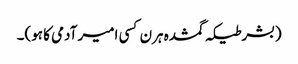
(بشرطیکہ گمشدہ ہرن کسی امیر آدمی کا ہو)۔